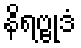
နိရဗ္ဗုဒံ